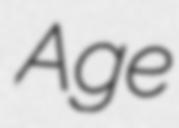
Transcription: Age